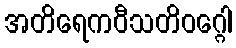
အတိရေကဝီသတိဝဂ္ဂေါ